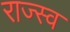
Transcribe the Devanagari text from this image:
राज्स्व